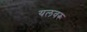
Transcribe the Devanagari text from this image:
यलवरू